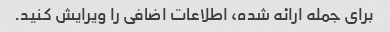
برای جمله ارائه شده، اطلاعات اضافی را ویرایش کنید.